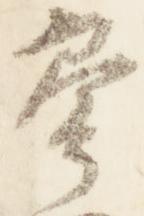
参